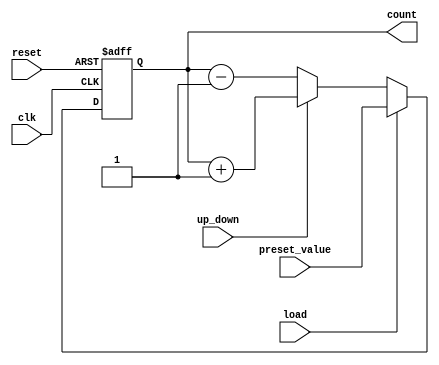
module async_counter #(
    parameter WIDTH = 4 // Bit width of the counter
)(
    input wire clk,          // Clock input
    input wire reset,        // Asynchronous reset
    input wire load,         // Load signal
    input wire up_down,      // Count direction: 1 for up, 0 for down
    input wire [WIDTH-1:0] preset_value, // Value to load when load is high
    output reg [WIDTH-1:0] count // Current count value
);

    // Asynchronous reset and load logic
    always @(posedge clk or posedge reset) begin
        if (reset) begin
            count <= 0; // Reset count to 0
        end else if (load) begin
            count <= preset_value; // Load the preset value
        end else begin
            // Count up or down based on the up_down signal
            if (up_down) begin
                count <= count + 1; // Increment count
            end else begin
                count <= count - 1; // Decrement count
            end
        end
    end

endmodule